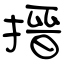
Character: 搢